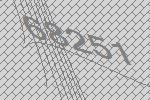
68251